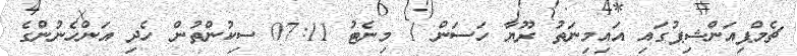
ޗެމްޕިއަންޝިޕުގައި އައިމިނަތު ރޫޔާ ހަސަން 1 މިނެޓު 07:11 ސިކުންތުން ހެދި އަންހެނުންގެ